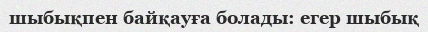
шыбықпен байқауға болады: егер шыбық